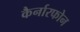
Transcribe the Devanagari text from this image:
कैर्नारफोन